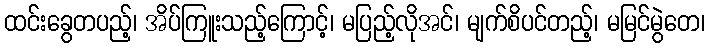
ထင်းခွေတပည့်၊ အိပ်ကြူးသည့်ကြောင့်၊ မပြည့်လိုအင်၊ မျက်စိပင်တည့်၊ မမြင်မွဲတေ၊